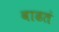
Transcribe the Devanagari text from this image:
वाढतं